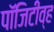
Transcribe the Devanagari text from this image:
पॉजिटीव्ह